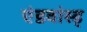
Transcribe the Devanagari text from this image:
एंडवांस्ड्